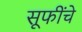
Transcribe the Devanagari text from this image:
सूफींचे